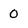
Character: 0